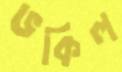
ভকিল